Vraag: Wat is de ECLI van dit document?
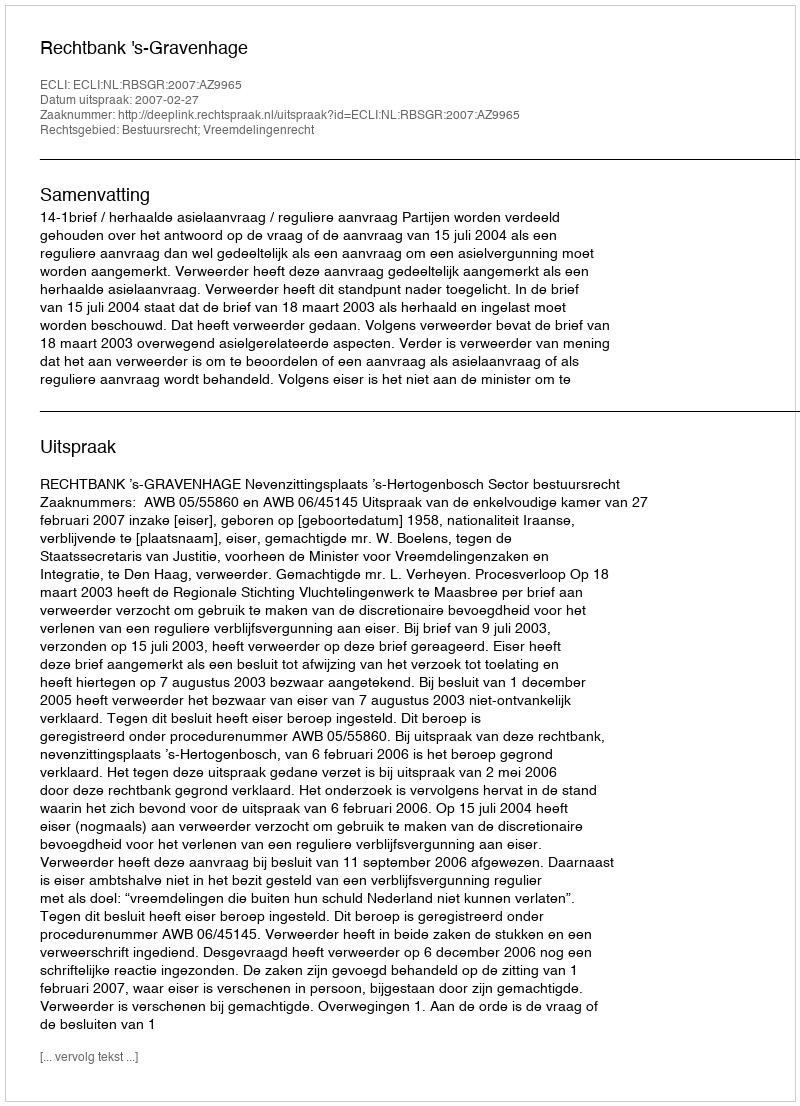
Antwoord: ECLI:NL:RBSGR:2007:AZ9965